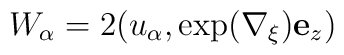
W_\alpha=2(u_\alpha,\exp(\nabla_\xi){\bf e}_z)